Vaccination in Bombay 1889-1901 - 1889-1901
Year: 1889
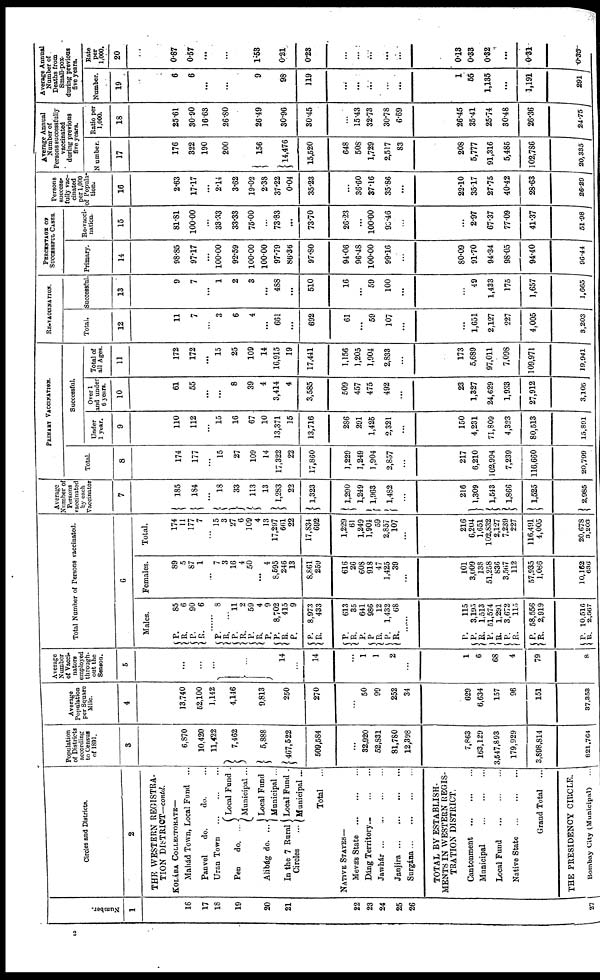
Number.
1
16
17
18
19
20
21
22
23
24
25
26
27
Circles and Districts.
2
THE WESTERN REGISTRA-
TION DISTRICT—contd.
KOLÁBA COLLECTORATE—
Mahád Town, Local Fund ...
Panvel
do.
do. ...
Uran Town
...
...
...
Pen
do. ...
Alibág do. ...
In the 7 Rural
Circles
Local Fund .
Municipal ...
Local Fund
Municipal ...
Local Fund .
Municipal ...
Total
...
NATIVE STATES—
Mevás State
...
...
...
Dáng
Territory...
...
Jawhár ...
...
...
...
Janjira...
...
...
...
Surgána
...
...
...
...
TOTAL BY ESTABLISH-
MENTS IN WESTERN REGIS-
TRATION DISTRICT.
Cantonment
...
...
...
Municipal
...
...
...
Local Fund
...
...
...
Native State
...
...
...
Grand Total ...
THE PRESIDENCY CIRCLE.
Bombay City (Municipal) ...
Population
of Districts
according
to Census
of 1891.
3
6,870
10,420
11,422
7,462
5,888
467,522
509,584
...
32,920
52,831
81,780
12,398
7,863
163,129
3,547,893
179,929
3,898,814
821,764
Average
Population
per Square
Mile.
4
13,740
52,100
1,142
4,146
9,813
250
270
...
50
99
252
34
629
6,634
157
96
151
37,353
Average
Number
of Vacci¬
nators
employed
through-
out the
Season.
5
...
...
...
...
14
...
14
...
1
1
2
...
1
6
68
4
79
8
Total Number of Persons vaccinated.
6
Males.
P. R. P.
R.
85
6
90
6
......
P.
R. P.
R.
P.
R.
P.
P.
R. P.
P.
R.
P.
R.
P.
P.
R. P.
R.
8
...
11
2
59
4
9
8,702
415
9
8,973
433
613
35
641
986
12
1,432
68
......
P.
P.
R. P.
R.
P.
R.
P.
R.
115
3,195
1,513
51,574
1,291
3,672
115
58,556
2,919
P. R. 10,516
2,567
Females.
89
5
87
1
...
7
3
16
4
50
...
4
8,595
246
13
8,861
259
616
26
608
918
47
1,425
39
...
101
3,009
138
51,258
836
3,567
112
57,935
1,086
10,162
636
Total.
174
11
177
7
...
15
3
27
6
109
4
13
17,297
661
22
17,834
692
1,229
61
1,249
1,904
59
2,857
107
...
216
6,204
1,651
102,832
2,127
7,239
227
116,491
4,005
20,678
3,203
Average
Number of
Persons
vaccinated
by each
Vaccinator
7
185
184
...
18
33
113
13
1,283
22
1,323
1,290
1,249
1,963
1,482
...
216
1,309
1,543
1,866
1,525
2,985
PRIMARY VACCINATION.
Total.
8
174
177
...
15
27
109
14
17,322
22
17,860
1,229
1,249
1,904
2,857
...
217
6,210
102,994
7,239
116,660
20,799
Successful.
Under
1 year.
9
110
112
...
15
16
67
10
13,371
15
13,716
286
291
1,425
2,321
...
150
4,231
71,809
4,323
80,513
15,801
Over 1
and under
6 years.
10
61
55
...
...
8
39
4
3,414
4
3,585
509
457
475
492
...
23
1,327
24,629
1,933
27,912
3,105
Total of
all Ages.
11
172
172
...
15
25
109
14
16,915
19
17,441
1,156
1,205
1,904
2,833
...
173
5,689
97,011
7,098
109,971
19,941
RE-VACCINATION.
Total.
12
11
7
...
3
6
4
...
661
...
692
61
...
59
107
...
...
1,651
2,127
227
4,005
3,203
Successful.
13
9
7
...
1
2
3
...
488
...
510
16
...
59
100
...
...
49
1,433
175
1,657
1,665
PERCENTAGE OF
SUCCESSFUL CASES.
Primary.
14
98.85
97.17
...
100.00
92.59
100.00
100.00
97.79
86.36
97.80
94.06
96.48
100.00
99.16
...
80.09
91.70
94.34
98.05
94.40
96.44
Re-vacci-
nation.
15
81.81
100.00
...
33.33
33.33
75.00
...
73.83
...
73.70
26.23
...
100.00
93.46
...
...
2.97
67.37
77.09
41.37
51.98
Persons
success-
fully vac-
cinated
per 1,000
of Popula-
tion.
16
2.63
17.17
...
2.14
3.62
19.02
2.38
37.22
0.04
35.23
...
36.60
37.16
35.86
...
22.10
35.17
27.75
40.42
28.63
26.29
Average Annual
Number of
Persons successfully
vaccinated
during previous
five years.
Number.
17
176
322
190
200
156
14,476
15,520
648
508
1,729
2,517
83
208
5,777
91,316
5,485
102,786
20,335
Ratio per
1,000.
18
25.61
30.90
16.63
26.80
26.49
30.96
30.45
...
15.43
32.73
30.78
6.69
26.45
35.41
25.74
30.48
26.36
24.75
Average Annual
Number of
Deaths from
Small-pox
during previous
five years.
Number.
19
6
6
...
...
9
98
119
...
...
...
...
...
1
55
1,135
...
1,191
291
Rate
per
1,000.
20
0.87
0.57
...
...
1.53
0.21
0.23
...
...
...
...
...
0.13
0.33
0.32
...
0.31
0.35
2